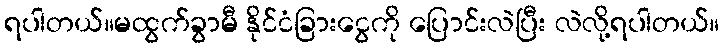
ရပါတယ်။မထွက်ခွာမီ နိုင်ငံခြားငွေကို ပြောင်းလဲပြီး လဲလို့ရပါတယ်။